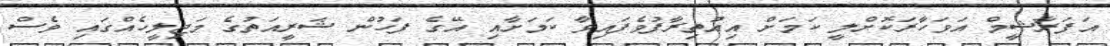
އަފަރާޝީމް އަވަހާރަކޮށްލީ ކަމަށް އިއުތިރާފުވެފައިވާ ކަމަށާއި އޭގެ ފަހުން ޝަރީއަތުގެ މަޖިލީހެއްގައި ވެސް